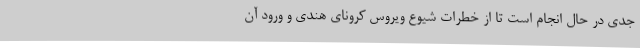
جدی در حال انجام است تا از خطرات شیوع ویروس کرونای هندی و ورود آن